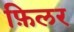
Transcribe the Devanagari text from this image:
फ़िलर